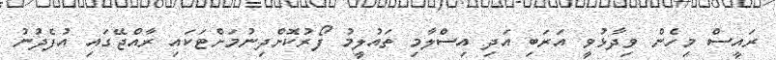
ރައީސް މިހެން ވިދާޅުވީ އަރަބި އަދި އިސްލާމި ތައުލީމު ފޯރުކޮށްދިނުމަށްޓަކައި ރާއްޖޭގައި އުފެދުނު